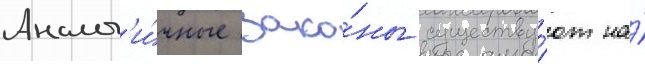
Аналог'и́чные зако́ны существу́ют на́